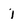
Character: j